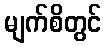
မျက်စိတွင်